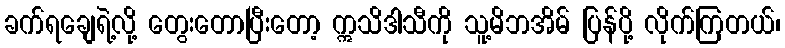
ခက်ရချေရဲ့လို့ တွေးတောပြီးတော့ ဣသိဒါသီကို သူ့မိဘအိမ် ပြန်ပို့ လိုက်ကြတယ်၊